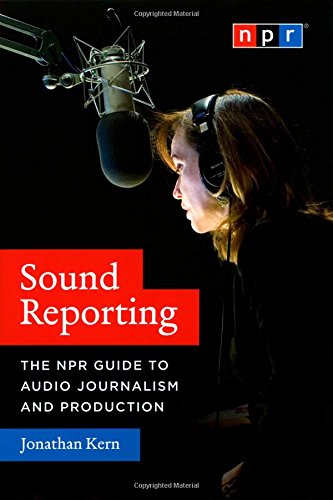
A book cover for Sound Reporting: The NPR Guide to Audio Journalism and Production; Jonathan Kern; Humor & Entertainment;